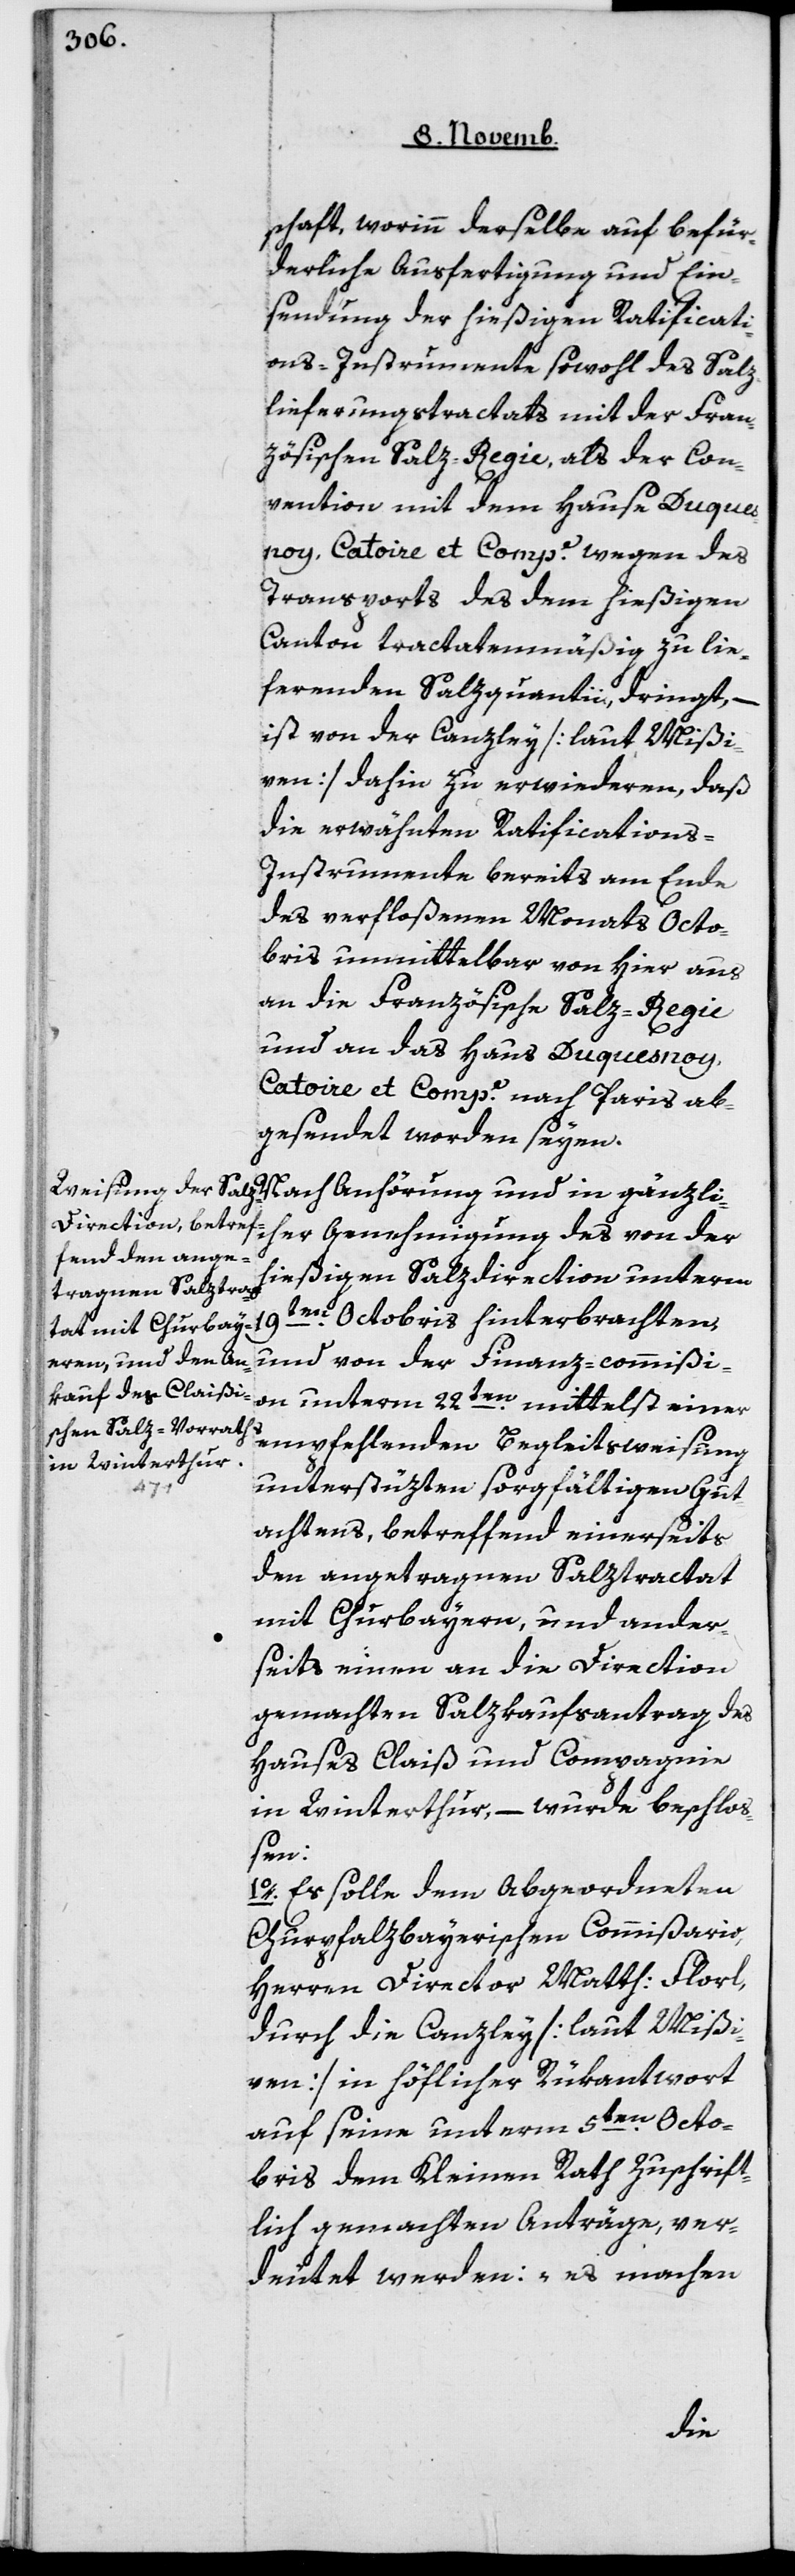
[sic!], worinn derselbe auf befür¬
derliche Ausfertigung und Ein¬
sendung der hießigen Ratificati¬
ons-Instrumente sowohl des Salz¬
lieferungstractats mit der Fran¬
zösischen Salz-Regie, als der Con¬
vention mit dem Hause Duques¬
noy, Catoire et Compe., wegen des
Transports des dem hießigen
Canton tractatenmäßig zu lie¬
fernden Salzquantii, dringt, –
ist von der Canzley [laut Mißi¬
ven] dahin zu erwideren, daß
die erwähnten Ratifications-I¬
nstrumente bereits am Ende
des verfloßenen Monats Octo¬
bris unmittelbar von hier aus
an die Französische Salz-Regie
und an das Haus Duquesnoy,
Catoire et Compe. nach Paris ab¬
gesendet worden seyen.
icher Genehmigung des von der
hießigen Salzdirection unterm
19ten Octobris hinterbrachten,
und von der Finanz-commißion
empfehlenden Begleitsweisung
unterstüzten sorgfältigen Gut¬
gänzl¬
achtens, betreffend einerseits
den angetragenen Salztractat
mit Churbayern, und ander¬
seits einen an die Direction
gemachten Salzkaufsantrag des
Hauses Claiß und Compagnie
in Winterthur, – wurde beschloß¬
en:
1o Es solle dem abgeordneten
Churpfalzbayerischen Commißario,
Herren Director Matth. Florl,
durch die Canzle [laut Mißi¬
ven] in höflicher Rükantwort
auf seine unterm 5ten Octo¬
bris dem Kleinen Rath zuschrift¬
lich gemachten Anträge, ver¬
deutet werden: „es machen
einer